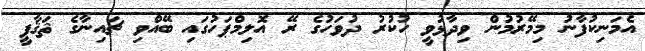
އެމަނިކުފާނު މިމޭރުމުން ވިދާޅުވީ ހުކުރު ދުވަހުގެ ރޭ އޮލިމްޕަހުގައި ބޭއްވި ޗައިނާގެ ޘަޤާފީ